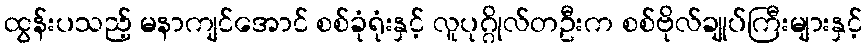
ထွန်းပသည့် မနာကျင်အောင် စစ်ခုံရုံးနှင့် လူပုဂ္ဂိုလ်တဦးက စစ်ဗိုလ်ချုပ်ကြီးများနှင့်